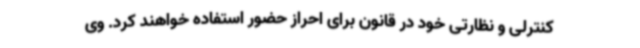
کنترلی و نظارتی خود در قانون برای احراز حضور استفاده خواهند کرد. وی